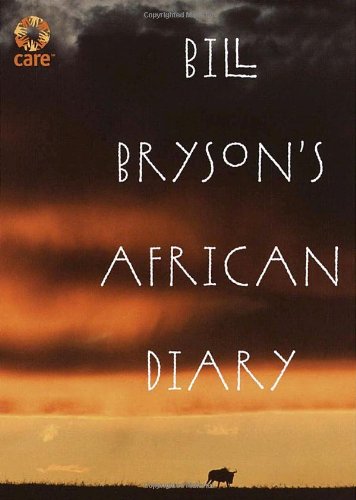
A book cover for Bill Bryson's African Diary; Bill Bryson; Biographies & Memoirs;